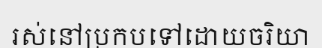
រស់នៅប្រកបទៅដោយចរិយា